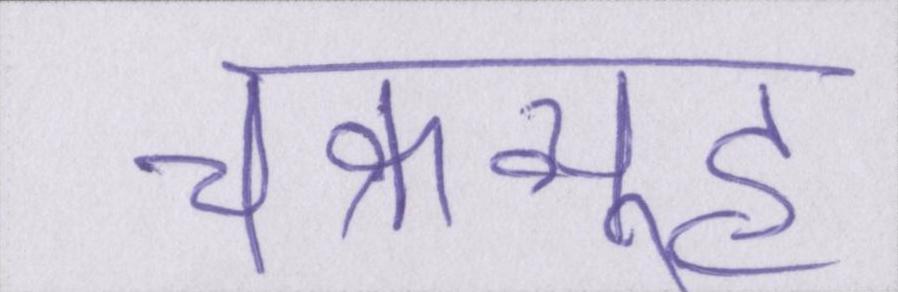
चक्रव्यूह